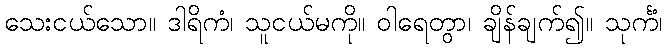
သေးငယ်သော။ ဒါရိကံ၊ သူငယ်မကို။ ဝါရေတွာ၊ ချိန်ချက်၍။ သုင်္ကံ၊